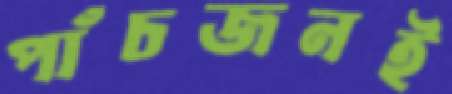
পাঁচজনই